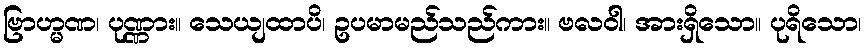
ဗြာဟ္မဏ၊ ပုဏ္ဏား။ သေယျထာပိ၊ ဥပမာမည်သည်ကား။ ဗလဝါ၊ အားရှိသော။ ပုရိသော၊